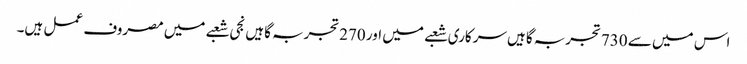
اس میں سے 730تجربہ گاہیں سرکاری شعبے میں اور 270تجربہ گاہیں نجی شعبے میں مصروف عمل ہیں۔